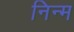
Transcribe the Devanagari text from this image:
निन्‍म